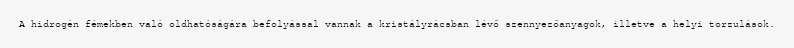
A hidrogén fémekben való oldhatóságára befolyással vannak a kristályrácsban lévő szennyezőanyagok, illetve a helyi torzulások.